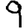
Digit: 9